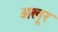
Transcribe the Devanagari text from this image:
अलूर